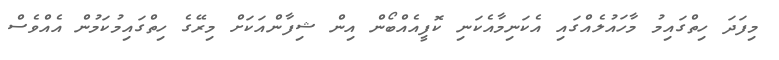
މިފަދަ ހިތްގައިމު މާހައުލެއްގައި އެކަނިމާއެކަނި ކޮފީއެއްބޯން އިން ޝިފާންއަކަށް މިރޭގެ ހިތްގައިމުކަމުން އެއްވެސް